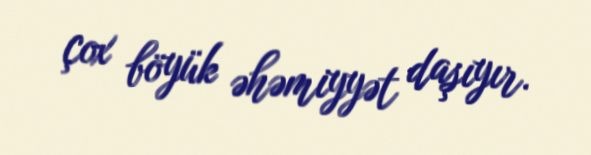
çox böyük əhəmiyyət daşıyır.